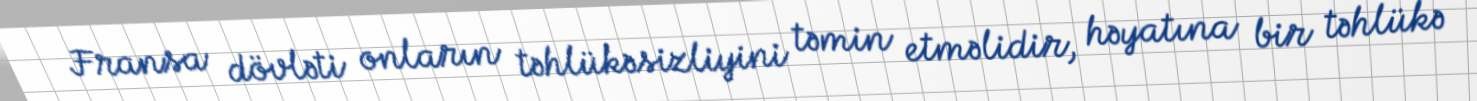
Fransa dövləti onların təhlükəsizliyini təmin etməlidir, həyatına bir təhlükə